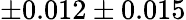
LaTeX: \pm 0.012\pm 0.015